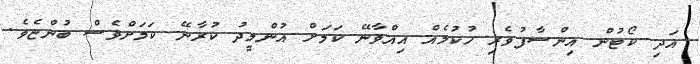
އަދި ކޯޓުން އިންސާފުވެރި ހުކުމެއް އިއްވާނޭ ކަމަށް އުންމީދު ކުރާނޭ ކަމަށްވެސް ބުންޏެވެ.